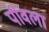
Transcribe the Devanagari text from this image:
पीवला